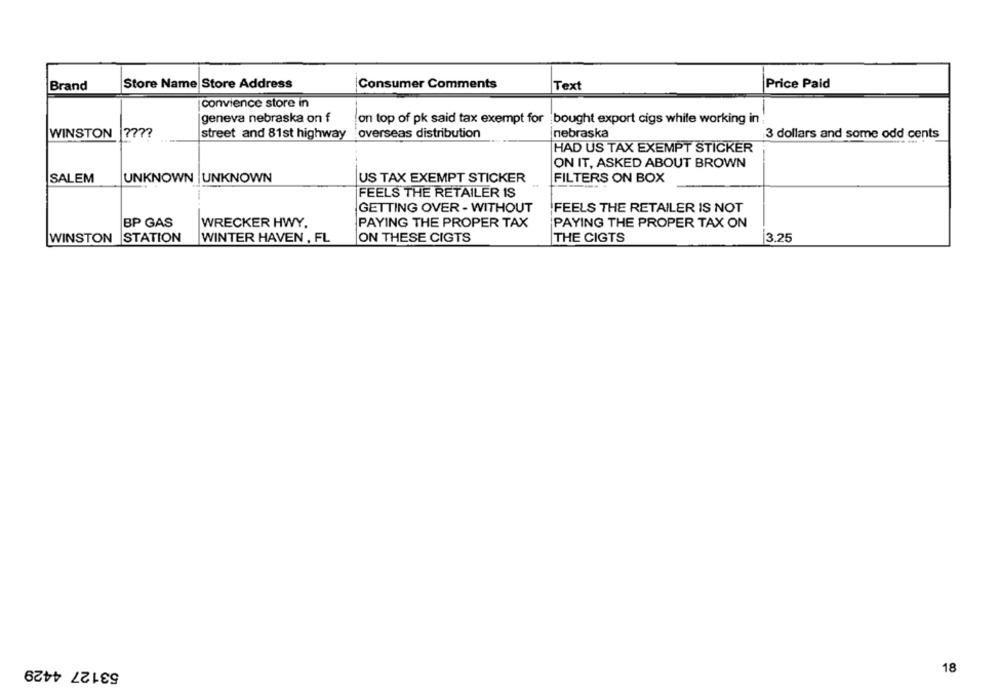
Store Name Store Address
Brand
Consumer Comments
Text
Price Paid
convience store in
geneva nebraska on f
on top of pk said tax exempt for bought export cigs while working in
WINSTON ????
street and 81st highway
overseas distribution
nebraska
3 dollars and some odd cents
HAD US TAX EXEMPT STICKER
ON IT, ASKED ABOUT BROWN
SALEM
UNKNOWN UNKNOWN
US TAX EXEMPT STICKER
FILTERS ON BOX
FEELS THE RETAILER IS
GETTING OVER - WITHOUT
FEELS THE RETAILER IS NOT
BP GAS
WRECKER HWY.
PAYING THE PROPER TAX
PAYING THE PROPER TAX ON
WINSTON STATION
WINTER HAVEN , FL
ON THESE CIGTS
THE CIGTS
3.25
53127 4429
18